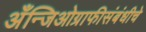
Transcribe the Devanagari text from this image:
अँन्जिओग्राफीसंबंधीचे